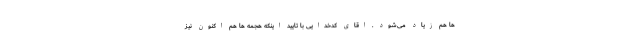
ها هم زیاد می‌شود . اقای کدخدایی با تایید اینکه هجمه ها هم اکنون نیز